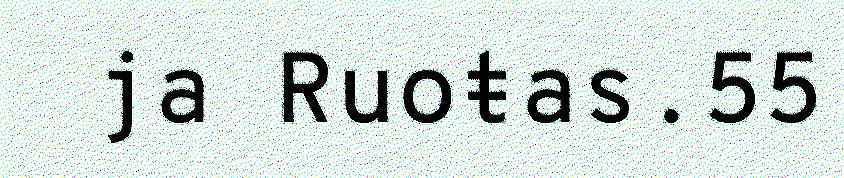
ja Ruoŧas.55